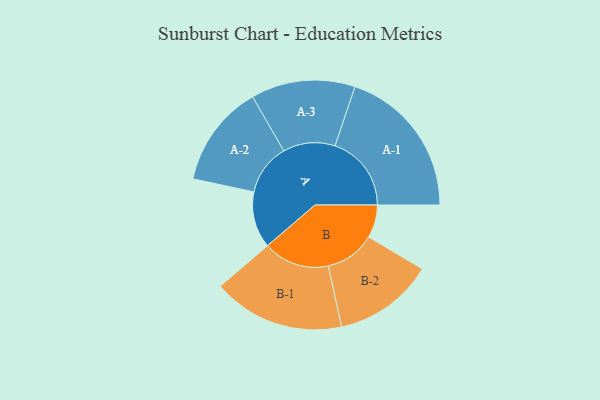
{"axis": {"x": "Segment", "y": "Value"}, "legend": ["", "A", "B"], "data": [{"x": "A", "y": 209, "type": ""}, {"x": "B", "y": 122, "type": ""}, {"x": "A-1", "y": 283, "type": "A"}, {"x": "A-2", "y": 190, "type": "A"}, {"x": "A-3", "y": 193, "type": "A"}, {"x": "B-1", "y": 245, "type": "B"}, {"x": "B-2", "y": 186, "type": "B"}]}